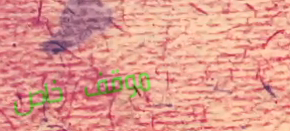
موقف خاص